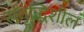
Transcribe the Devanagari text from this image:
संवृद्धिशील